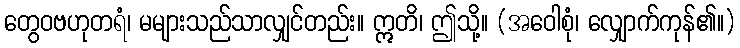
တွေဝဗဟုတရံ၊ မများသည်သာလျှင်တည်း။ ဣတိ၊ ဤသို့။ (အဝေါစုံ၊ လျှောက်ကုန်၏။)